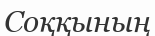
Соққының